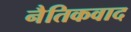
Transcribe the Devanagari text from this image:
नैतिकवाद